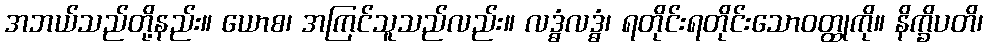
အဘယ်သည်တို့နည်း။ ယောစ၊ အကြင်သူသည်လည်း။ လဒ္ဓံလဒ္ဓံ၊ ရတိုင်းရတိုင်းသောဝတ္ထုကို။ နိက္ခိပတိ၊